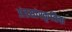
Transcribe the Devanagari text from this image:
अंतसांस्कृतिक